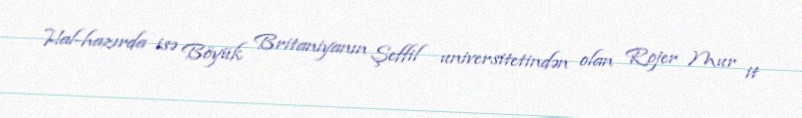
Hal-hazırda isə Böyük Britaniyanın Şeffil universitetindən olan Rojer Mur it